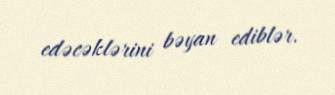
edəcəklərini bəyan ediblər.